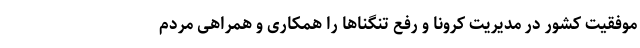
موفقیت کشور در مدیریت کرونا و رفع تنگناها را همکاری و همراهی مردم